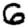
Digit: 6